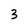
Character: 3